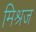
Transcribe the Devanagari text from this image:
मिश्रज